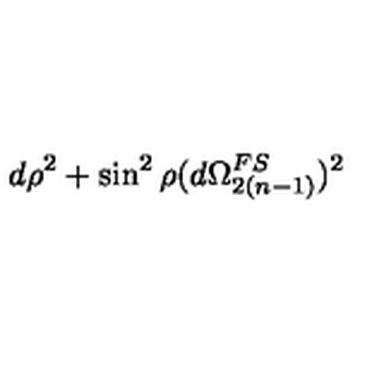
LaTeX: d \rho ^ { 2 } + \sin ^ { 2 } \rho ( d \Omega _ { 2 ( n - 1 ) } ^ { F S } ) ^ { 2 }